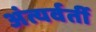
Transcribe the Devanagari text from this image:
अंत्यर्वर्ती